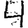
Digit: 4